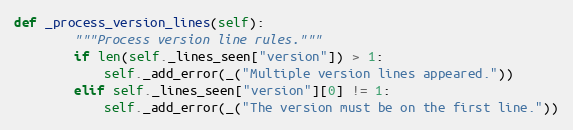
Language: Python
def _process_version_lines(self):
        """Process version line rules."""
        if len(self._lines_seen["version"]) > 1:
            self._add_error(_("Multiple version lines appeared."))
        elif self._lines_seen["version"][0] != 1:
            self._add_error(_("The version must be on the first line."))